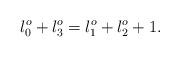
LaTeX: \begin{align*}l_{0}^{o} + l_{3}^{o} = l_{1}^{o} +l_{2}^{o} +1.\end{align*}